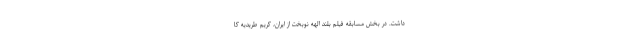
داشت. در بخش مسابقه فيلم بلند الهه نوبخت از ايران، كريم طريديه كا